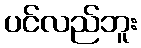
ပင်လည်ဘူး